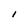
Character: I